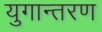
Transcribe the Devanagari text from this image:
युगान्तरण